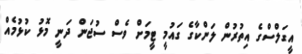
އީގަލްސްގެ އިތުރުން ލަންކާގެ ގައުމީ ޓީމަށް ވެސް ސުޖަން ދަނީ މޮޅު ކުޅުމެއް